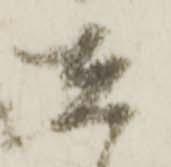
在